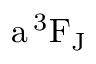
\mathrm { a \, ^ { 3 } F _ { J } }